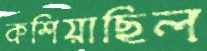
কশিয়াছিল